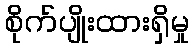
စိုက်ပျိုးထားရှိမှု